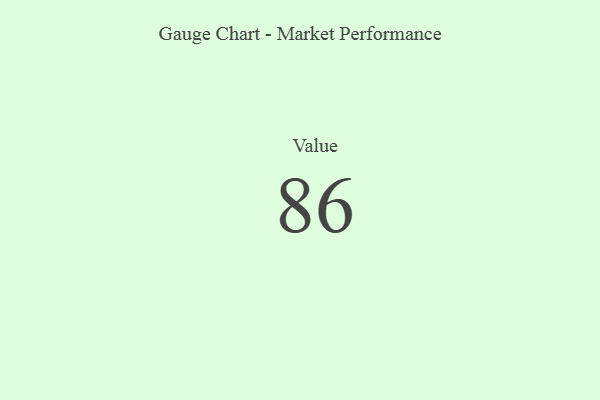
{"axis": {"x": "Metric", "y": "Value"}, "legend": [""], "data": [{"x": "Value", "y": 86, "type": ""}]}